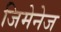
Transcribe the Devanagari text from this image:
जिमेनेज